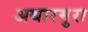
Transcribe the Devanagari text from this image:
अथारमुरा